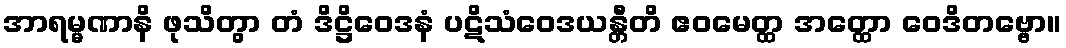
အာရမ္မဏာနိ ဖုသိတွာ တံ ဒိဋ္ဌိဝေဒနံ ပဋိသံဝေဒယန္တီတိ ဧဝမေတ္ထ အတ္ထော ဝေဒိတဗ္ဗော။